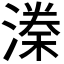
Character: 𣼃